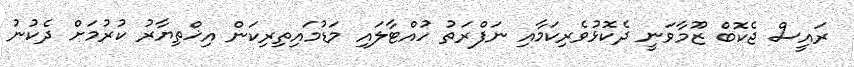
ރައީސް ޖެކޮބް ޒޫމާވަނީ ދެކޮޅުވެރިކަމާއި ނަފްރަތު ހުއްޓާލައި މަޑުމައިތިރިކަން އިޚްތިޔާރު ކުރުމަށް ދެކުނު